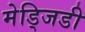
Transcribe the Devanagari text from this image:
मेड्जिडी